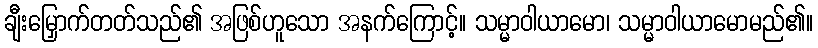
ချီးမြှောက်တတ်သည်၏ အဖြစ်ဟူသော အနက်ကြောင့်။ သမ္မာဝါယာမော၊ သမ္မာဝါယာမောမည်၏။